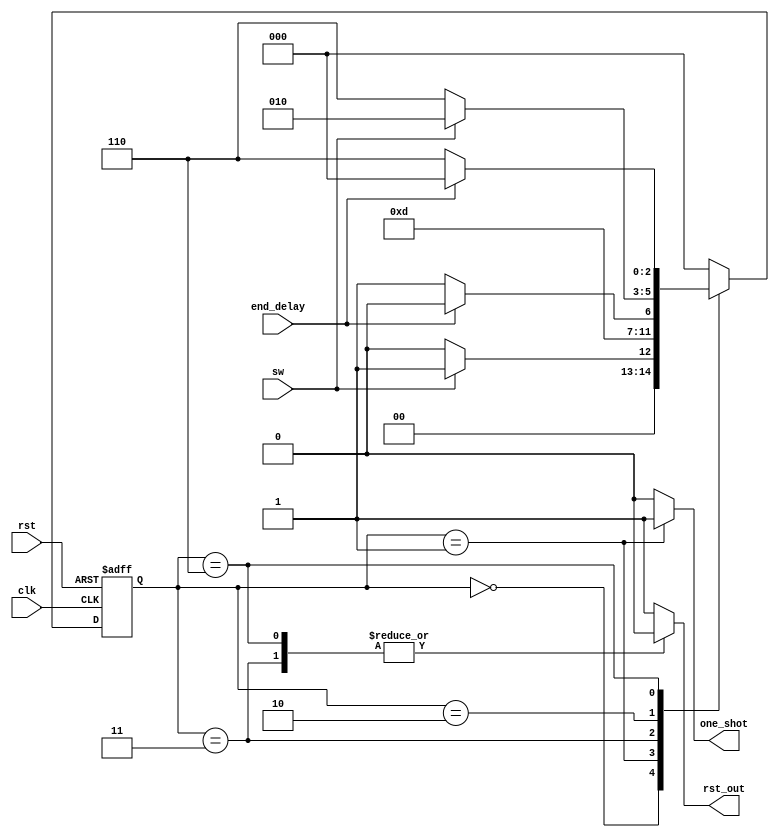
/*----------------------------------------------------------------------------------------
** MODULE NAME: control_debouncer.v
** DESCRIPTION: FSM of debouncer
** INPUTS: 		clk, rst, sw, end_delay
** OUTPUTS:  	rst_out, one_shot
** VERSION:  	1.0
** DATE:    	05 / 10 / 22
** -------------------------------------------------------------------------------------- */
module control_debouncer
(
	input clk,
	input rst,
	input sw,
	input end_delay,
	output reg rst_out,
	output reg one_shot
);

// Definition of state codes
parameter [2:0] init = 'b000;
parameter [2:0] shot = 'b001;
parameter [2:0] off1 = 'b011;
parameter [2:0] sw_1 = 'b010;
parameter [2:0] off2 = 'b110;

reg [2:0] state;

always@(posedge clk, posedge rst)
	begin
		if(rst)
			state <= init;
		else
			case(state)	//FSM with state codes
				init:	state <= sw ? shot : init;
				shot:	state <= off1;
				off1: 	state <= end_delay ? sw_1 : off1;
				sw_1:	state <= (~sw) ? off2 : sw_1;
				off2:	state <= end_delay ? init : off2;
				default:	state <= init;
			endcase
	end

always@(state)
	begin
		case(state)		// Outputs according to current state
				init: 	begin one_shot = 'b0; rst_out = 1'b1; end
				shot: 	begin one_shot = 'b1; rst_out = 1'b1; end
				off1: 	begin one_shot = 'b0; rst_out = 1'b0; end
				sw_1: 	begin one_shot = 'b0; rst_out = 1'b1; end
				off2: 	begin one_shot = 'b0; rst_out = 1'b0; end
			 default: 	begin one_shot = 'b0; rst_out = 1'b1; end
		endcase
	end
endmodule